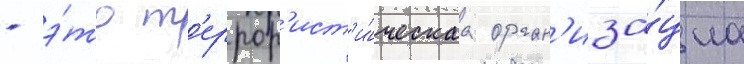
- э́то т'еррор'ист'и́ческаа орган'иза́циа